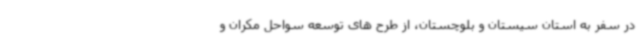
در سفر به استان سیستان و بلوچستان، از طرح های توسعه سواحل مکران و